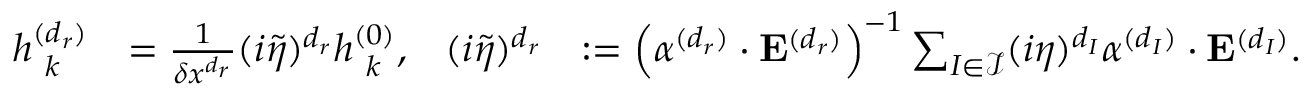
\begin{array} { r l r l } { h _ { \hphantom { ( } k } ^ { ( d _ { r } ) } } & { = \frac { 1 } { \delta x ^ { d _ { r } } } ( i \tilde { \eta } ) ^ { d _ { r } } h _ { \hphantom { ( } k } ^ { ( 0 ) } , } & { ( i \tilde { \eta } ) ^ { d _ { r } } } & { : = \left( \boldsymbol { \alpha } ^ { ( d _ { r } ) } \cdot \mathbf { E } ^ { ( d _ { r } ) } \right) ^ { - 1 } \sum _ { I \in \mathcal { I } } ( i \eta ) ^ { d _ { I } } \boldsymbol { \alpha } ^ { ( d _ { I } ) } \cdot \mathbf { E } ^ { ( d _ { I } ) } . } \end{array}